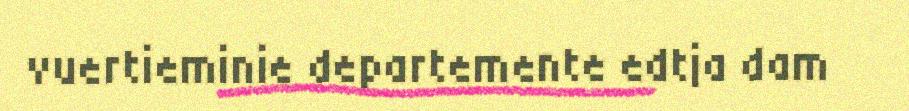
vuertieminie departemente edtja dam